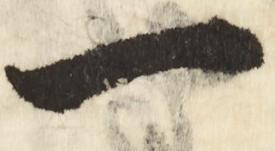
一